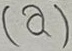
Text: (a)